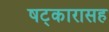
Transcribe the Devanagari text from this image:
षट्‍कारासह